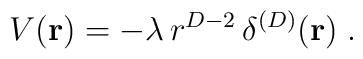
V({\bf r}) = - \lambda  \, r^{D-2} \, \delta^{(D)} ( {\bf r} ) \; .